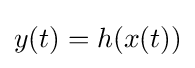
y(t)=h(x(t))